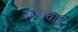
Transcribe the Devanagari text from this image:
रांघावाव